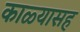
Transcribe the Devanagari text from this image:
काळ्यासह